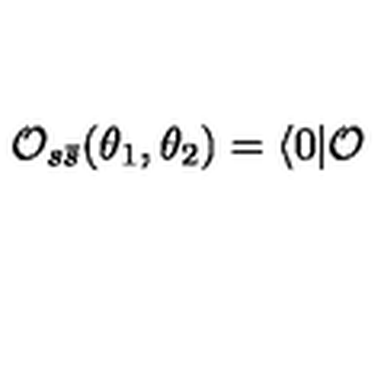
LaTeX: \mathcal { O } _ { s \bar { s } } ( \theta _ { 1 } , \theta _ { 2 } ) = \langle 0 | \mathcal { O }